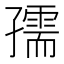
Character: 孺